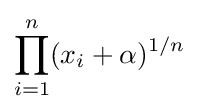
\prod _{i=1}^{n}(x_{i}+\alpha )^{1/n}